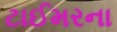
ટાઈમરના